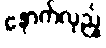
နောက်လှည့်